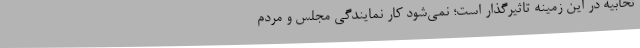
تخابیه در این زمینه تاثیرگذار است؛ نمی‌شود کار نمایندگی مجلس و مردم